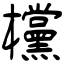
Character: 欓